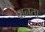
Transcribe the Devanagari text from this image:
वानता